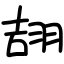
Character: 翓